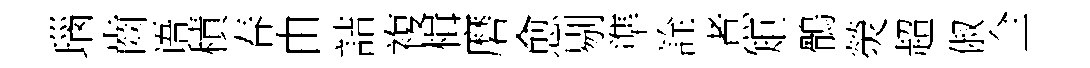
瑙齒语積春由詰複楫磨愈剔準詮煮矩鶻熒超俶全